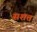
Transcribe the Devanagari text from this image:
सशत्त